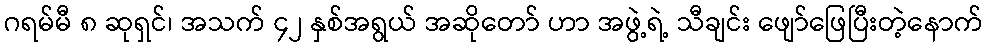
ဂရမ်မီ ၈ ဆုရှင်၊ အသက် ၄၂ နှစ်အရွယ် အဆိုတော် ဟာ အဖွဲ့ရဲ့ သီချင်း ဖျော်ဖြေပြီးတဲ့နောက်